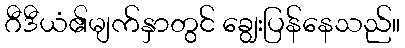
ဂီဒီယံ၏မျက်နှာတွင် ချွေးပြန်နေသည်။